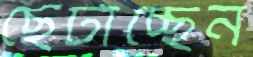
ছেটাচ্ছেন